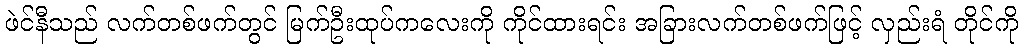
ဖဲင်နီသည် လက်တစ်ဖက်တွင် မြက်ဦးထုပ်ကလေးကို ကိုင်ထားရင်း အခြားလက်တစ်ဖက်ဖြင့် လှည်းရံ တိုင်ကို